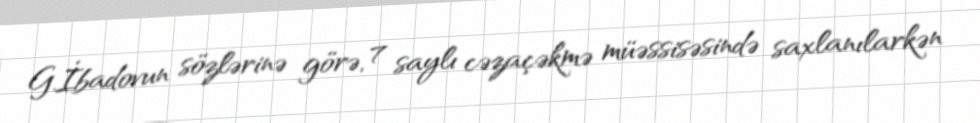
G.İbadovun sözlərinə görə, 7 saylı cəzaçəkmə müəssisəsində saxlanılarkən